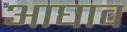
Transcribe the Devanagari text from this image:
आघाव